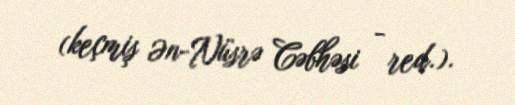
(keçmiş Ən-Nüsrə Cəbhəsi - red.).